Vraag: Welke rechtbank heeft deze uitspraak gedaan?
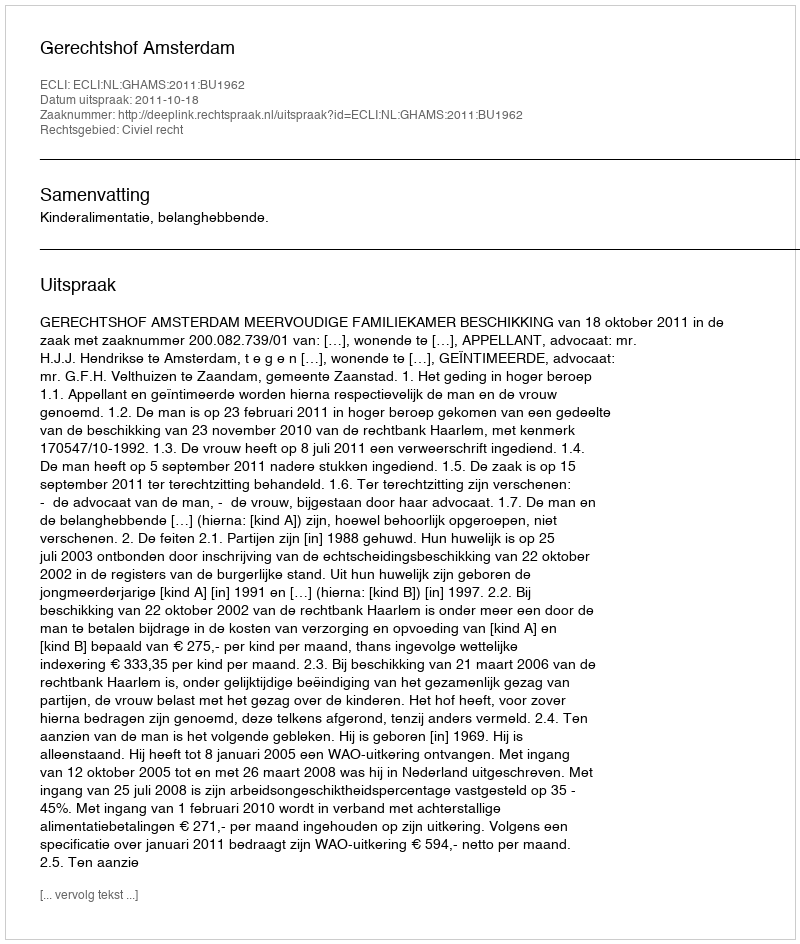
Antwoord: Gerechtshof Amsterdam